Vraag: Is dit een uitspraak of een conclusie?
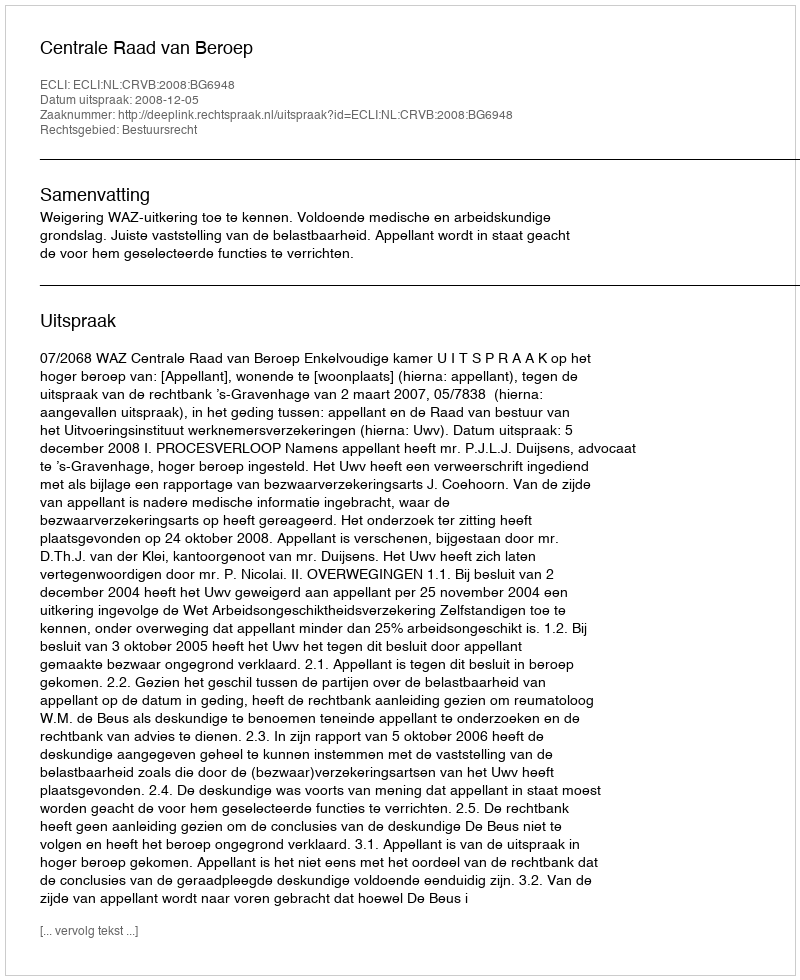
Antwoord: Uitspraak